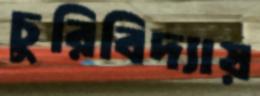
চুরিবিদ্যায়